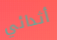
أثدائي